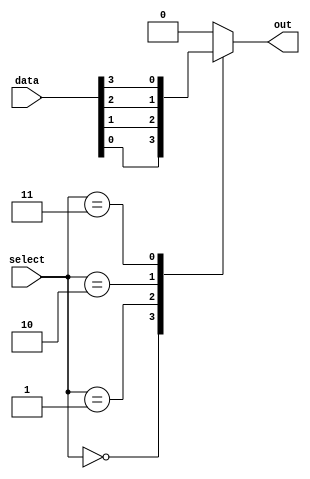
module mux32to1 (
    input [31:0] data,
    input [4:0] select,
    output reg out
);

reg [31:0] temp_out;

always @(*) begin
    case (select)
        5'b00000: temp_out = data[0];
        5'b00001: temp_out = data[1];
        5'b00010: temp_out = data[2];
        5'b00011: temp_out = data[3];
        // Continue for all 32 input signals
        // 5'b11111: temp_out = data[31];
        default: temp_out = 32'h0; // Default value when select signal is invalid
    endcase
end

assign out = temp_out;

endmodule